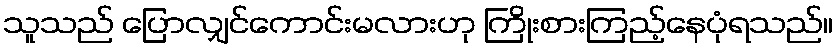
သူသည် ပြောလျှင်ကောင်းမလားဟု ကြိုးစားကြည့်နေပုံရသည်။